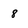
Character: 8